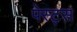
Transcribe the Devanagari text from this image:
पेस्ट्स